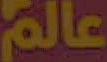
عالم